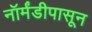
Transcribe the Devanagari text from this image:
नॉर्मंडीपासून